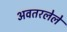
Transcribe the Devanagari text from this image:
अवतरलेले